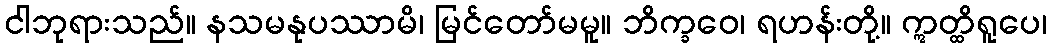
ငါဘုရားသည်။ နသမနုပဿာမိ၊ မြင်တော်မမူ။ ဘိက္ခဝေ၊ ရဟန်းတို့။ ဣတ္ထိရူပေ၊